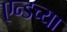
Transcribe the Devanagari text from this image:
एन्डच्या